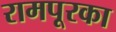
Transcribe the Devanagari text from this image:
रामपूरका